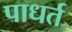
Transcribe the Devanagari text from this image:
पाधर्त